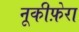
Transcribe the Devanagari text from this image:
नूकीफ़ेरा